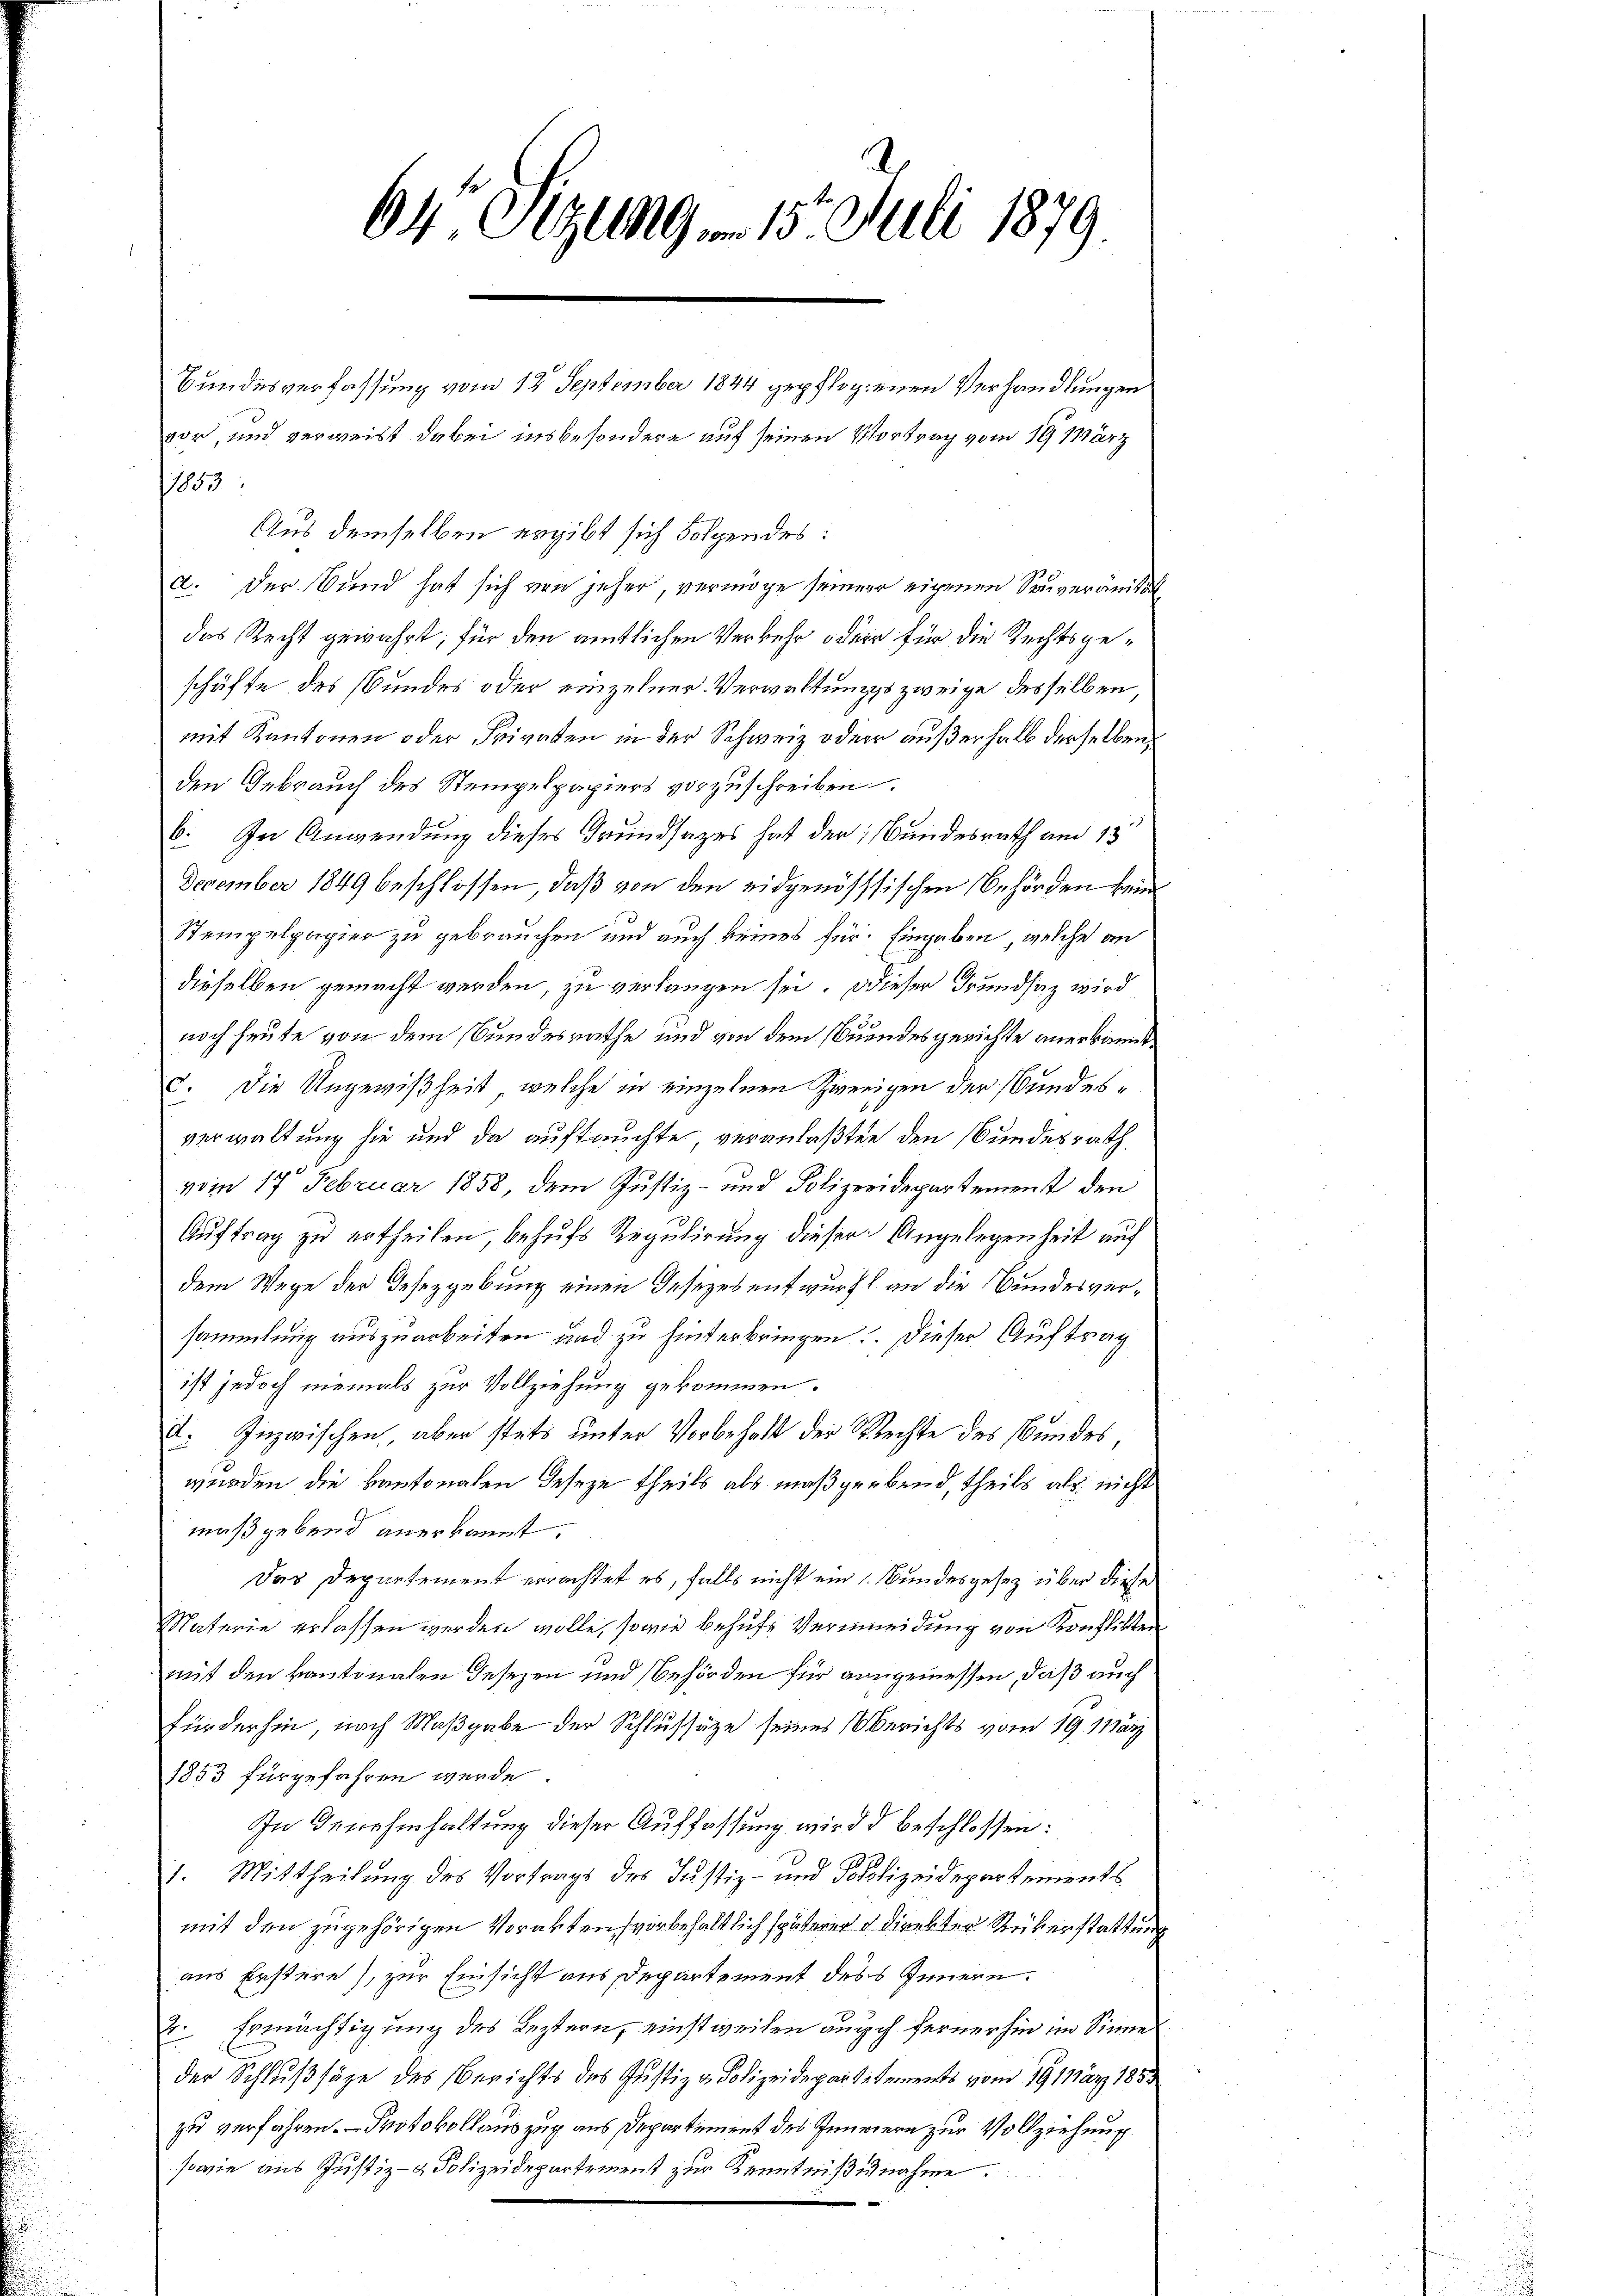
64 Sizung 15. Juli 1879

Bundesverfassung vom 12. September 1844 gepflogenen Verhandlungen
vor, und verweist dabei insbesondere auf seinen Vortrag vom 19. März
1853
Aus demselben ergibt sich Folgendes:
a. Der Bund hat sich von jeher, vermöge seiner eigenen Seuveränität
das Recht gewährt; für den amtlichen Verkehr oder für die Rechtsgeschäfte des Bundes oder einzelner Verwaltungs zweige desselben,
mit Kantonen oder Privaten in der Schweiz oder außerhalb derselben,
den Gebrauch des Stempelpapiers vorzuschreiben.
b. Zu Anwendung dieses Grundsatzes hat der Bundesrath am 13.
December 1849 beschlossen, daß von den eidgenössischen Behörden hei
Stempelpapier zu gebrauchen und auch keines für Eingaben, welche an
dieselben gemacht werden, zu verlangen sei. Dieser Grundsaz wird
noch heute von dem Bundesrathe und von dem suundesgerichte anerkannt
c. Die Ungewißheit, welche in einzelnen Zweigen der Bundesverwaltung sie und da auftauchte veranlaßten den Bundesrath
vom 17. Februar 1858, dem Justiz- und Polizeidepartement den
Auftrag zu ertheilen, behufs Regulirung dieser Angelegenheit auf
dem Wege der Gesezgebung einen Gesezes entwurf an die Bundesversammlung auszuarbeiten und zu hinterbringen. Dieser Auftrag
ist jedoch niemals zur Vollziehung gekommen.
D. Inzwischen, aber stets unter Vorbehalt der Rechte des Bundes,
wurden die kantonalen Jeseze Theils als maßgebend, theils als nicht
mäß gebend anerkannt.
Das Departement errachtet es, falls nicht ein Bundesgesetz über diese
Materie erlassen werden wolle, sowie behufs Vermeidung von Konflikten
mit den kantonalen Gesezen und behörden für angemessen, daß auch
fürderhin, nach Maßgabe der Schlussäze seines berichts vom 19. März
1853 für gefahren werde.
In Genehmhaltung dieser Auffassung wird d beschlossen:
1. Mittheilung des Vortrags des Justiz- und Polizeidepartements
mit den zugehörigen Vorakten (vorbehaltlich späterer Direkter Rükerstattung
aus Erstere), zur Einsicht aus Departement des Innern.
2. Ermächtigung des Leztern, einstweilen auch ferner hin im Sinne
der Schlußsäze des Berichts des Justiz - Polizeidepartements vom 19. März 1853
zu verfahren. — Protokollauszug aus Departement des Innerern zur Vollziehung
sowie aus Justiz- & Polizeidepartement zur Kenntnißnahme.